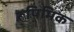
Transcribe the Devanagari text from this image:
रूपिमिक